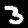
Label: 3